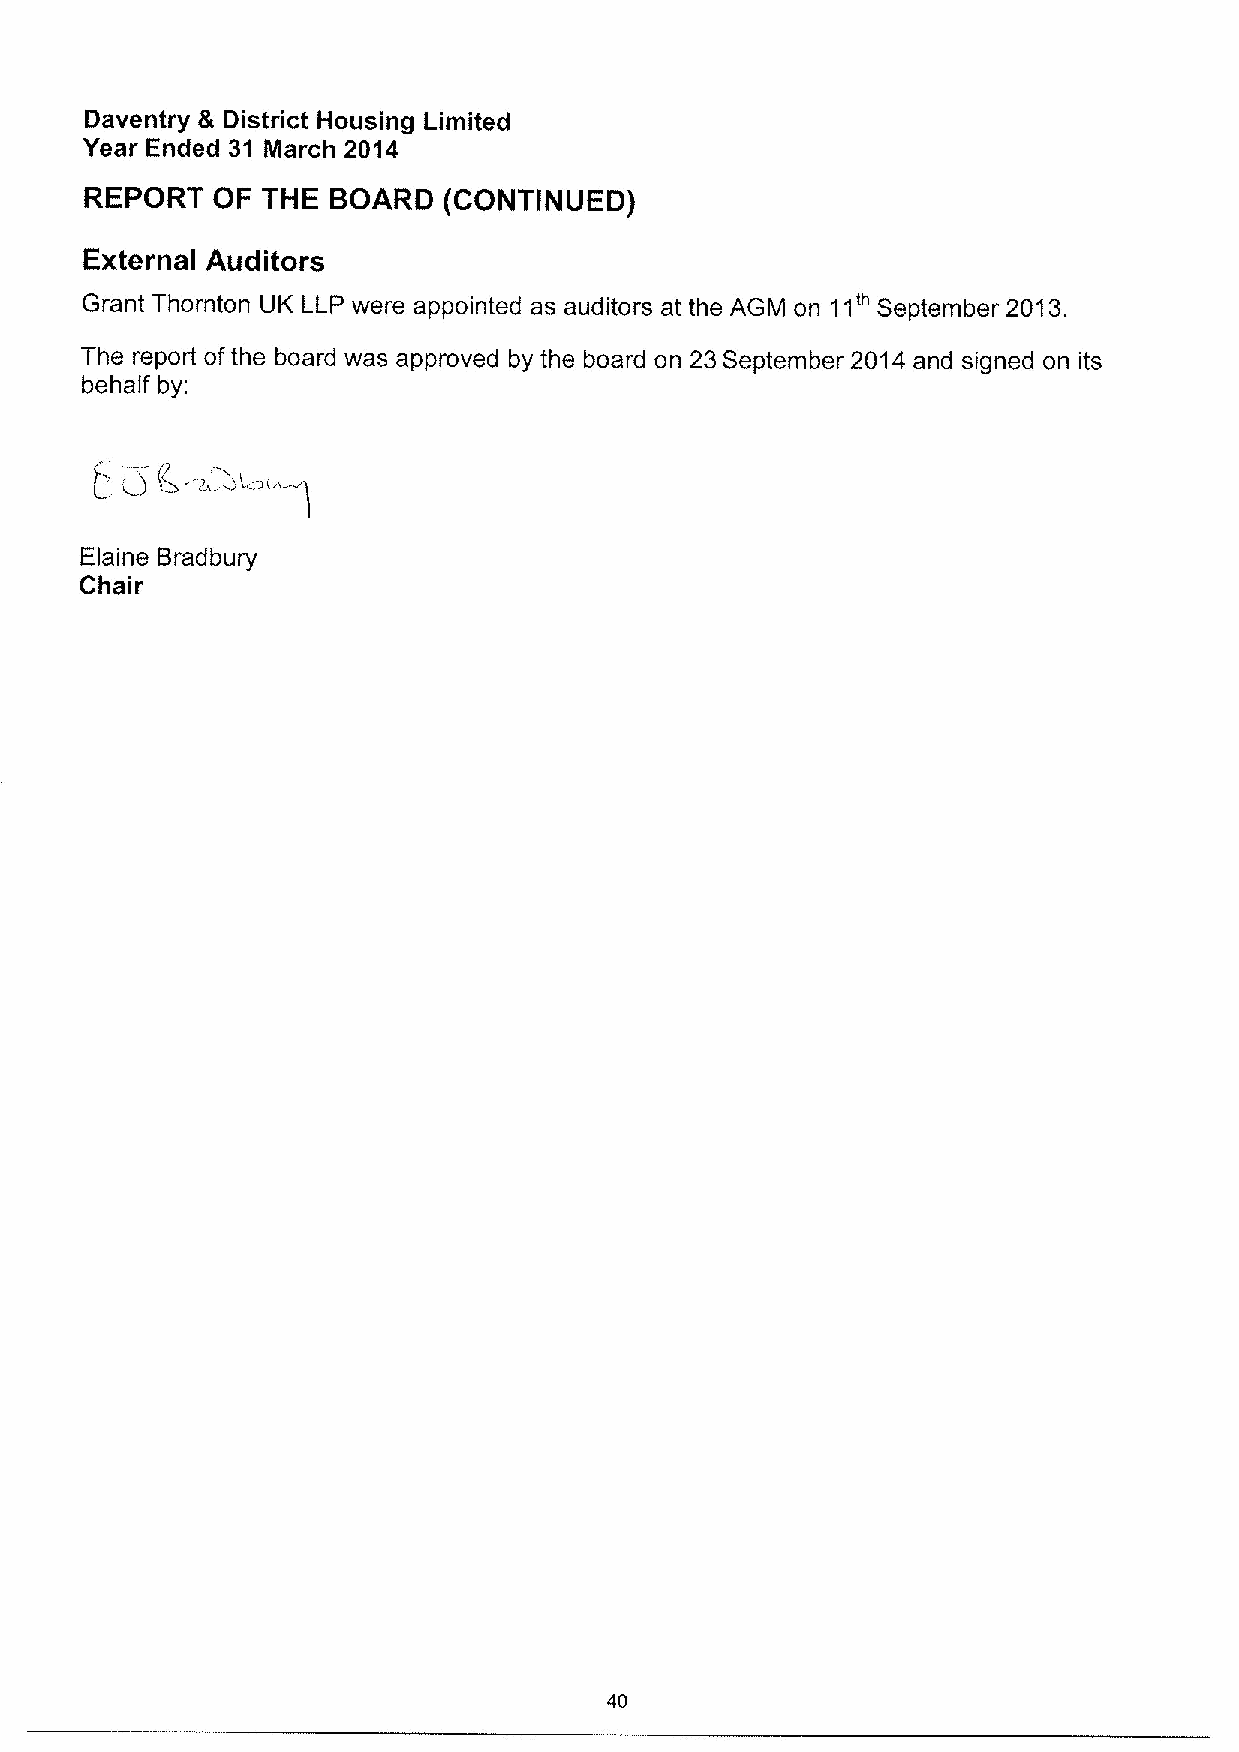
Daventry & District Housing Limited
 Year Ended 31 March 2014
 REPORT  OF THE  BOARD  (CONTINUED)
 External Auditors
 Grant Thornton UK LLP were appointed as auditors at the AGM on 11'" September 2013.
 The report ofthe board was approved by the board on 23September 2014 and signed on its
 behalf by:
 Elaine Bradbury
 Chair
 40